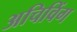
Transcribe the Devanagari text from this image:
अचिविंग